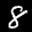
Label: 8